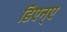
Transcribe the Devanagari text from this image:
डिएन्ए